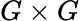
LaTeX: G\times G